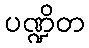
ပဏ္ဍိတ